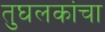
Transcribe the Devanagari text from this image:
तुघलकांचा